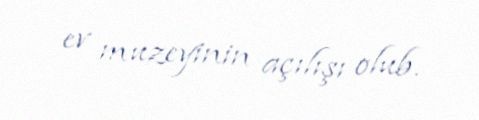
ev muzeyinin açılışı olub.